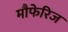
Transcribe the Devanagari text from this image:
मौफेरिज